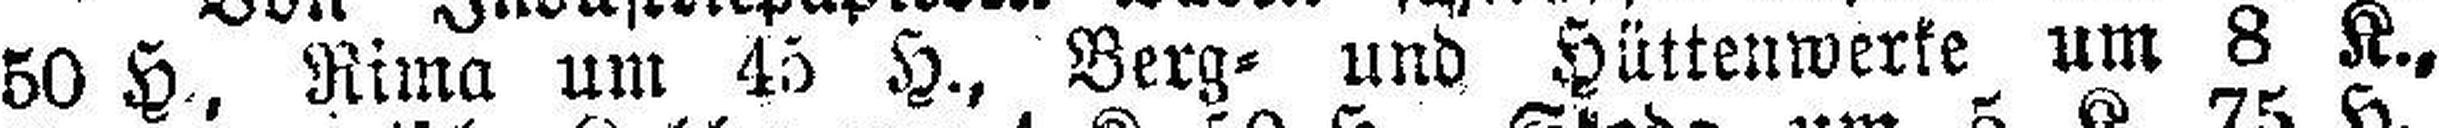
50 H., Rima um 45 H., Berg= und Hüttenwerke um 8 K.,